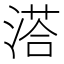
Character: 溚